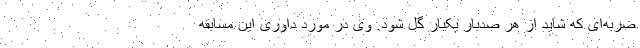
ضربه‌ای که شاید از هر صدبار یکبار گل شود. وی در مورد داوری این مسابقه